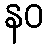
နဝ